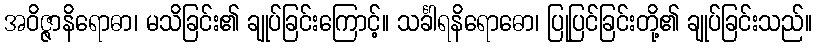
အဝိဇ္ဇာနိရောဓာ၊ မသိခြင်း၏ ချုပ်ခြင်းကြောင့်။ သင်္ခါရနိရောဓော၊ ပြုပြင်ခြင်းတို့၏ ချုပ်ခြင်းသည်။